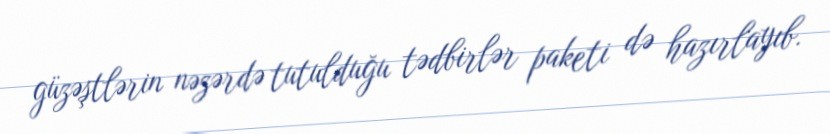
güzəştlərin nəzərdə tutulduğu tədbirlər paketi də hazırlayıb.